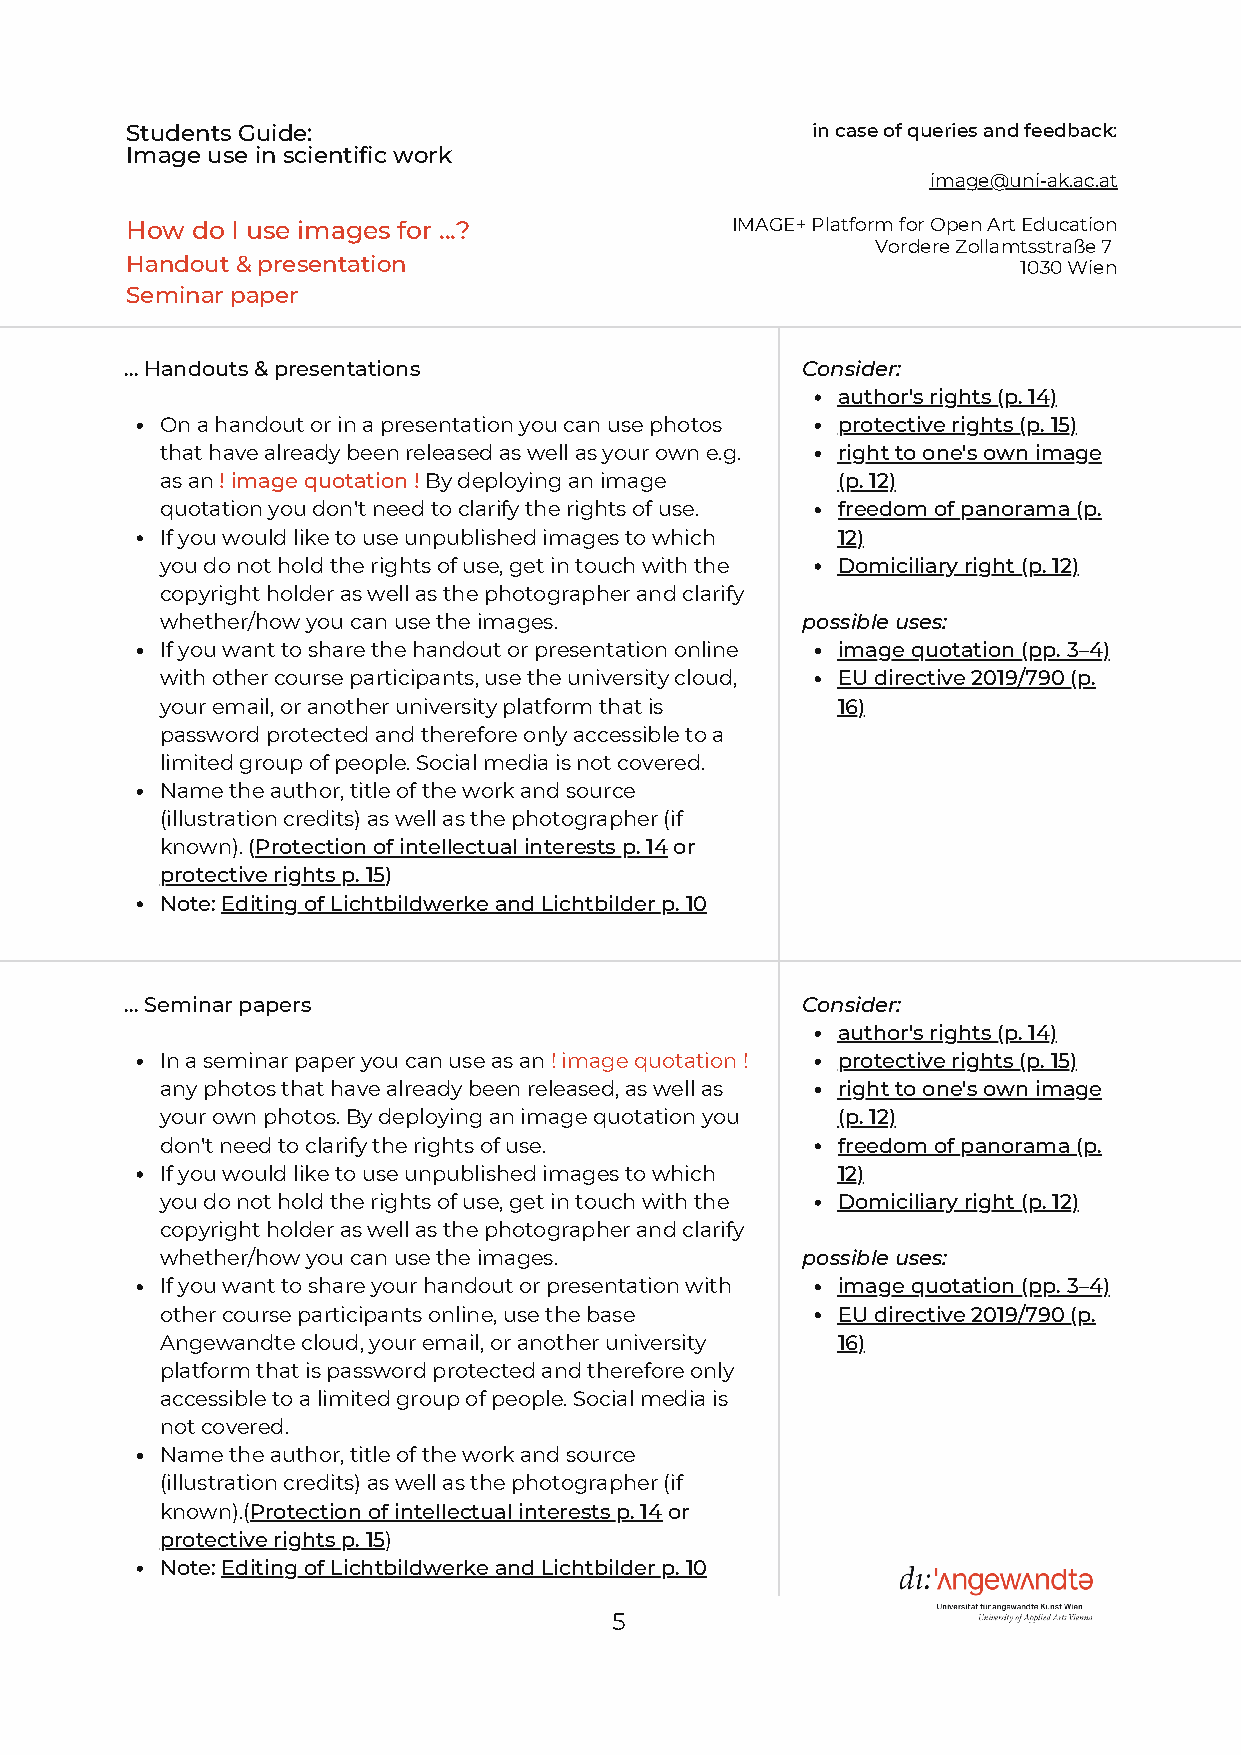
Students Guide:                               in case of queries and feedback:
 Image use in scientific work
 image@uni-ak.ac.at
 How  do I use images for ...?           IMAGE+ Platform for Open Art Education
 Vordere Zollamtsstraße 7
 Handout & presentation                                      1030 Wien
 Seminar paper
 ... Handouts & presentations                 Consider:
 author's rights (p. 14)
 On a handout or in a presentation you can use photos protective rights (p. 15)
 that have already been released as well as your own e.g. right to one's own image
 as an ! image quotation ! By deploying an image (p. 12)
 quotation you don't need to clarify the rights of use. freedom of panorama (p.
 If you would like to use unpublished images to which 12)
 you do not hold the rights of use, get in touch with the Domiciliary right (p. 12)
 copyright holder as well as the photographer and clarify
 whether/how you can use the images.       possible uses:
 If you want to share the handout or presentation online image quotation (pp. 3–4)
 with other course participants, use the university cloud, EU directive 2019/790 (p.
 your email, or another university platform that is 16)
 password protected and therefore only accessible to a
 limited group of people. Social media is not covered.
 Name the author, title of the work and source
 (illustration credits) as well as the photographer (if
 known). (Protection of intellectual interests p. 14 or
 protective rights p. 15)
 Note: Editing of Lichtbildwerke and Lichtbilder p. 10
 ... Seminar papers                           Consider:
 author's rights (p. 14)
 In a seminar paper you can use as an ! image quotation ! protective rights (p. 15)
 any photos that have already been released, as well as right to one's own image
 your own photos. By deploying an image quotation you (p. 12)
 don't need to clarify the rights of use.    freedom of panorama (p.
 If you would like to use unpublished images to which 12)
 you do not hold the rights of use, get in touch with the Domiciliary right (p. 12)
 copyright holder as well as the photographer and clarify
 whether/how you can use the images.       possible uses:
 If you want to share your handout or presentation with image quotation (pp. 3–4)
 other course participants online, use the base EU directive 2019/790 (p.
 Angewandte cloud, your email, or another university 16)
 platform that is password protected and therefore only
 accessible to a limited group of people. Social media is
 not covered.
 Name the author, title of the work and source
 (illustration credits) as well as the photographer (if
 known).(Protection of intellectual interests p. 14 or
 protective rights p. 15)
 Note: Editing of Lichtbildwerke and Lichtbilder p. 10
 5